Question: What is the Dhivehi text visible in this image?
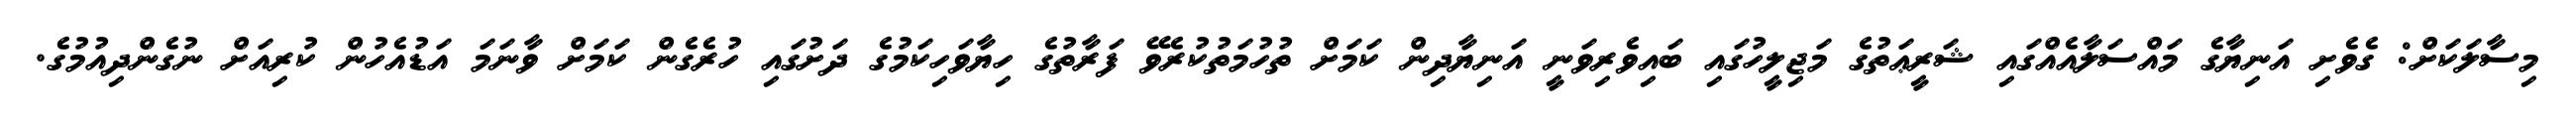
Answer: މިސާލަކަށް: ގެވެށި އަނިޔާގެ މައްސަލާއެއްގައި ޝަރީޢަތުގެ މަޖިލީހުގައި ބައިވެރިވަނީ އަނިޔާދިން ކަމަށް ތުހުމަތުކުރެވޭ ފަރާތުގެ ހިޔާވަހިކަމުގެ ދަށުގައި ހުރެގެން ކަމަށް ވާނަމަ އަޑުއެހުން ކުރިއަށް ނުގެންދިއުމުގެ.